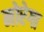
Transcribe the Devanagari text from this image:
मोरेगा